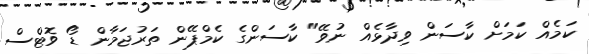
ކަމެއް ކަމަށް ކާސަން ވިދާޅެއް ނުވޭ" ކާސަންގެ ކެމްޕޭން ތަރުޖަމާން ޑޯ ވޮޓްސް